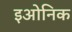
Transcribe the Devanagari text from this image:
इओनिक